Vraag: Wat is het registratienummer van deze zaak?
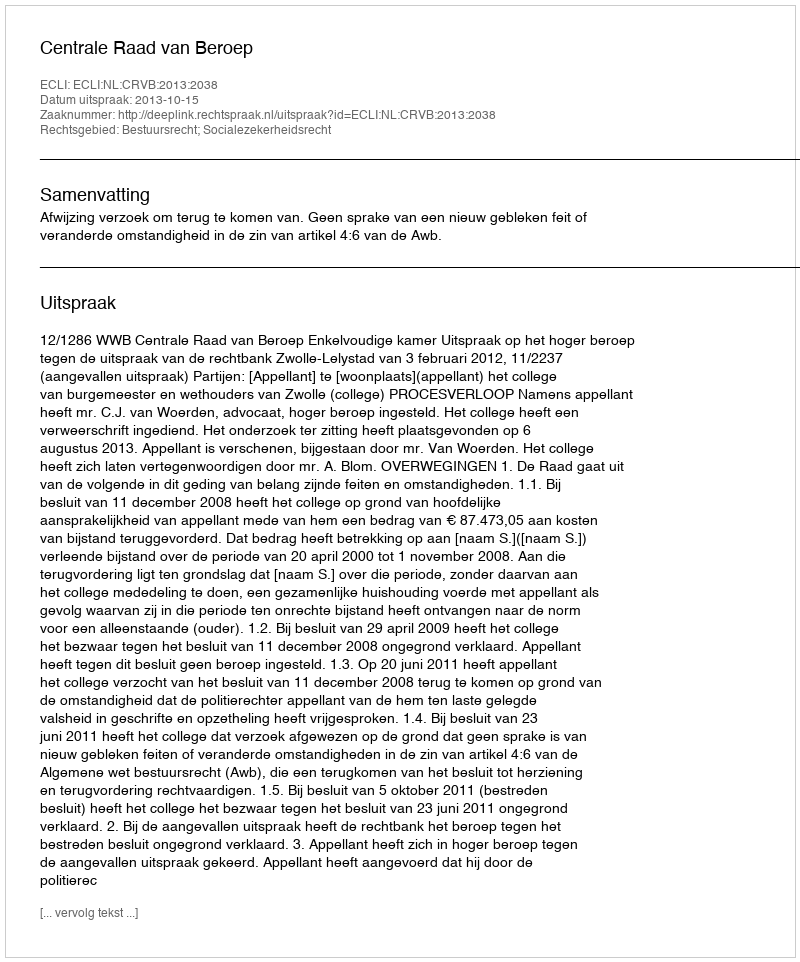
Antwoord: http://deeplink.rechtspraak.nl/uitspraak?id=ECLI:NL:CRVB:2013:2038